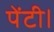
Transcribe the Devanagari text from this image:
पेंटी।